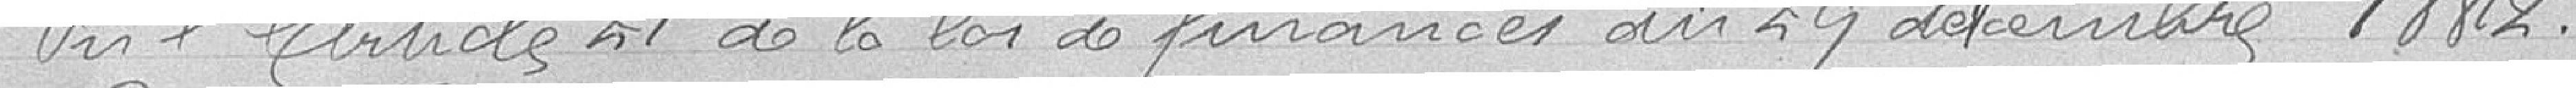
Vu l'article 21 de la loi de finances du 29 septembre 1882